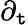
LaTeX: \partial_{\mathtt{t}}